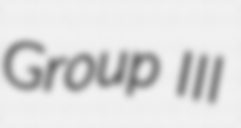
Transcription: Group III